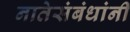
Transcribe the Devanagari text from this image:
नातेसंबंधांनी